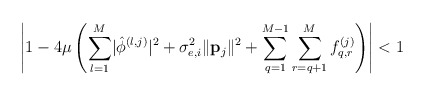
\begin{align*} \left\lvert1-4\mu\left(\sum_{l=1}^{M}\lvert\hat{\phi}^{\left(l,j\right)}\rvert^2+\sigma_{e,i}^2\lVert\mathbf{p}_j\rVert^2+\sum_{q=1}^{M-1}\sum_{r=q+1}^{M}f_{q,r}^{\left(j\right)}\right)\right\rvert<1\end{align*}